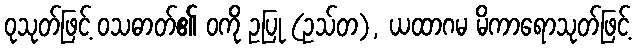
ဝုသုတ်ဖြင့် ဝသဓာတ်၏ ဝကို ဥပြု (ဥသ်တ), ယထာဂမ မိကာရောသုတ်ဖြင့်